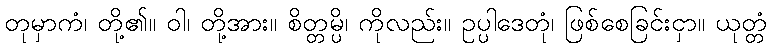
တုမှာကံ၊ တို့၏။ ဝါ၊ တို့အား။ စိတ္တမ္ပိ၊ ကိုလည်း။ ဥပ္ပါဒေတုံ၊ ဖြစ်စေခြင်းငှာ။ ယုတ္တံ